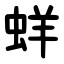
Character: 蛘